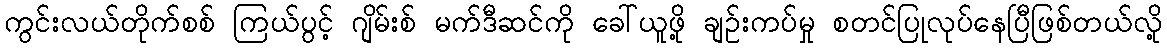
ကွင်းလယ်တိုက်စစ် ကြယ်ပွင့် ဂျိမ်းစ် မက်ဒီဆင်ကို ခေါ်ယူဖို့ ချဉ်းကပ်မှု စတင်ပြုလုပ်နေပြီဖြစ်တယ်လို့